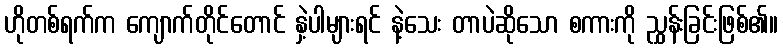
ဟိုတစ်ရက်က ကျောက်တိုင်တောင် နှဲ့ပါများရင် နဲ့သေး တာပဲဆိုသော စကားကို ညွှန်းခြင်းဖြစ်၏။